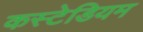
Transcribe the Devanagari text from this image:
कस्टेडियम